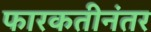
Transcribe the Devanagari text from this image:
फारकतीनंतर